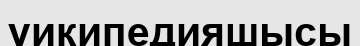
уикипедияшысы